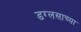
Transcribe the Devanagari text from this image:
डग्लसाच्या